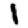
Digit: 1